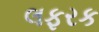
લફરક